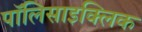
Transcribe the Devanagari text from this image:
पॉलिसाइक्लिक